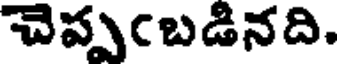
చెప్పఁబడినది.